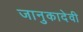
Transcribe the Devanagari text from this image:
जानुकादेवी